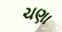
ચણા